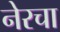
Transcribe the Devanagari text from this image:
नेरचा